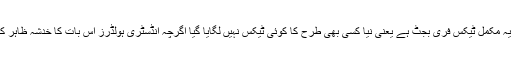
اس بجٹ کی سب سے بنیادی اور اہم بات یہی ہے کہ یہ مکمل ٹیکس فری بجٹ ہے یعنی نیا کسی بھی طرح کا کوئی ٹیکس نہیں لگایا گیا اگرچہ انڈسٹری ہولڈرز اس بات کا خدشہ ظاہر کر ہے تھے کہ حکومت نئے ٹیکسز ضرورلگائے گی۔